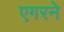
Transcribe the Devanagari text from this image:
एगरने